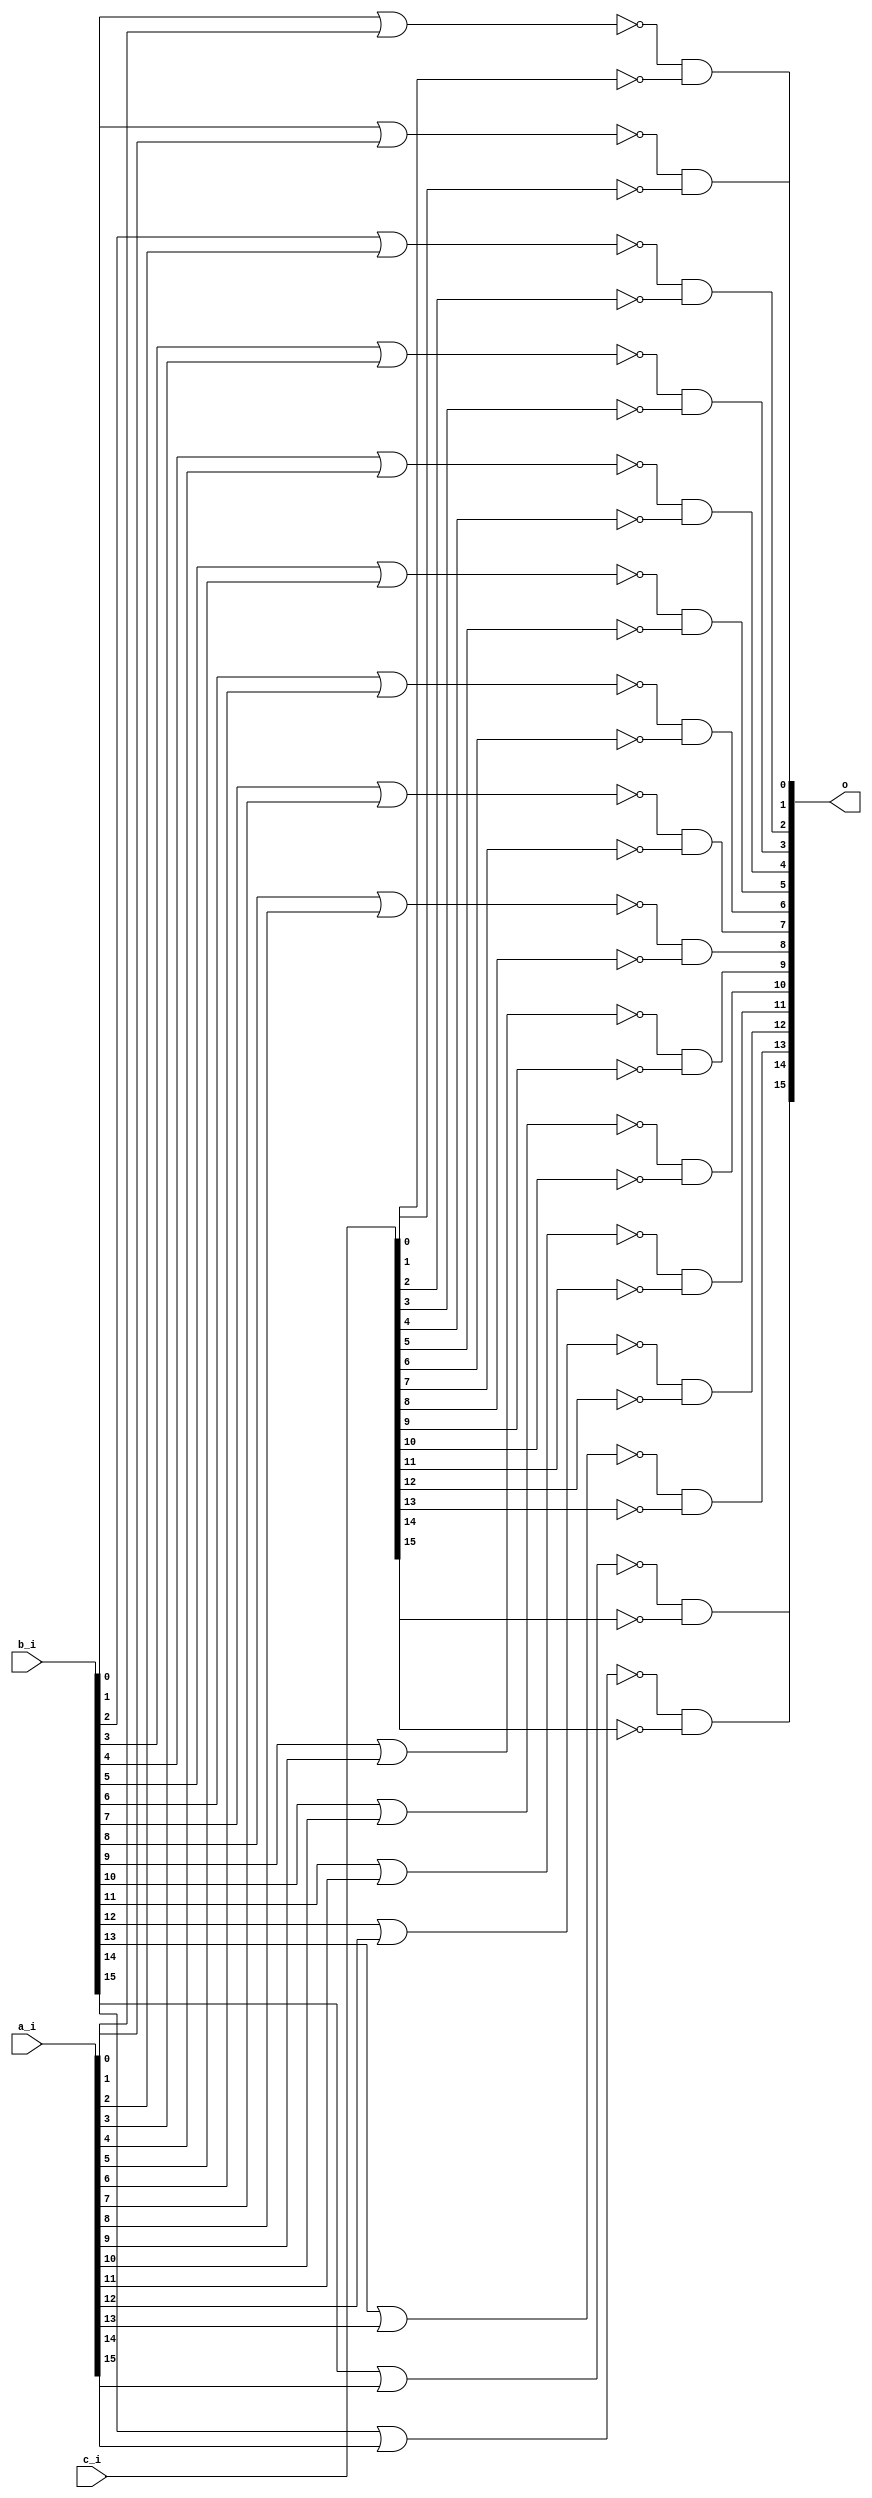
// This program was cloned from: https://github.com/chipsalliance/UHDM-integration-tests
// License: Apache License 2.0

/* Generated by Yosys 0.27+9 (git sha1 101d19bb6, gcc 11.2.0-7ubuntu2 -fPIC -Os) */

(* top =  1  *)

module bsg_nor3(a_i, b_i, c_i, o);
  wire _00_;
  wire _01_;
  wire _02_;
  wire _03_;
  wire _04_;
  wire _05_;
  wire _06_;
  wire _07_;
  wire _08_;
  wire _09_;
  wire _10_;
  wire _11_;
  wire _12_;
  wire _13_;
  wire _14_;
  wire _15_;
  
  input [15:0] a_i;
  wire [15:0] a_i;
  
  input [15:0] b_i;
  wire [15:0] b_i;
  
  input [15:0] c_i;
  wire [15:0] c_i;
  
  output [15:0] o;
  wire [15:0] o;
  assign _00_ = ~(b_i[0] | a_i[0]);
  assign o[0] = _00_ & ~(c_i[0]);
  assign _01_ = ~(b_i[1] | a_i[1]);
  assign o[1] = _01_ & ~(c_i[1]);
  assign _02_ = ~(b_i[2] | a_i[2]);
  assign o[2] = _02_ & ~(c_i[2]);
  assign _03_ = ~(b_i[3] | a_i[3]);
  assign o[3] = _03_ & ~(c_i[3]);
  assign _04_ = ~(b_i[4] | a_i[4]);
  assign o[4] = _04_ & ~(c_i[4]);
  assign _05_ = ~(b_i[5] | a_i[5]);
  assign o[5] = _05_ & ~(c_i[5]);
  assign _06_ = ~(b_i[6] | a_i[6]);
  assign o[6] = _06_ & ~(c_i[6]);
  assign _07_ = ~(b_i[7] | a_i[7]);
  assign o[7] = _07_ & ~(c_i[7]);
  assign _08_ = ~(b_i[8] | a_i[8]);
  assign o[8] = _08_ & ~(c_i[8]);
  assign _09_ = ~(b_i[9] | a_i[9]);
  assign o[9] = _09_ & ~(c_i[9]);
  assign _10_ = ~(b_i[10] | a_i[10]);
  assign o[10] = _10_ & ~(c_i[10]);
  assign _11_ = ~(b_i[11] | a_i[11]);
  assign o[11] = _11_ & ~(c_i[11]);
  assign _12_ = ~(b_i[12] | a_i[12]);
  assign o[12] = _12_ & ~(c_i[12]);
  assign _13_ = ~(b_i[13] | a_i[13]);
  assign o[13] = _13_ & ~(c_i[13]);
  assign _14_ = ~(b_i[14] | a_i[14]);
  assign o[14] = _14_ & ~(c_i[14]);
  assign _15_ = ~(b_i[15] | a_i[15]);
  assign o[15] = _15_ & ~(c_i[15]);
endmodule